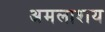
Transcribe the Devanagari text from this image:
अमलाशय